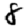
Digit: 8